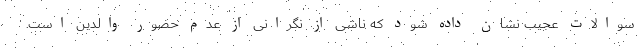
سوالات عجیب نشان داده شود که ناشی از نگرانی از عدم حضور والدین است.